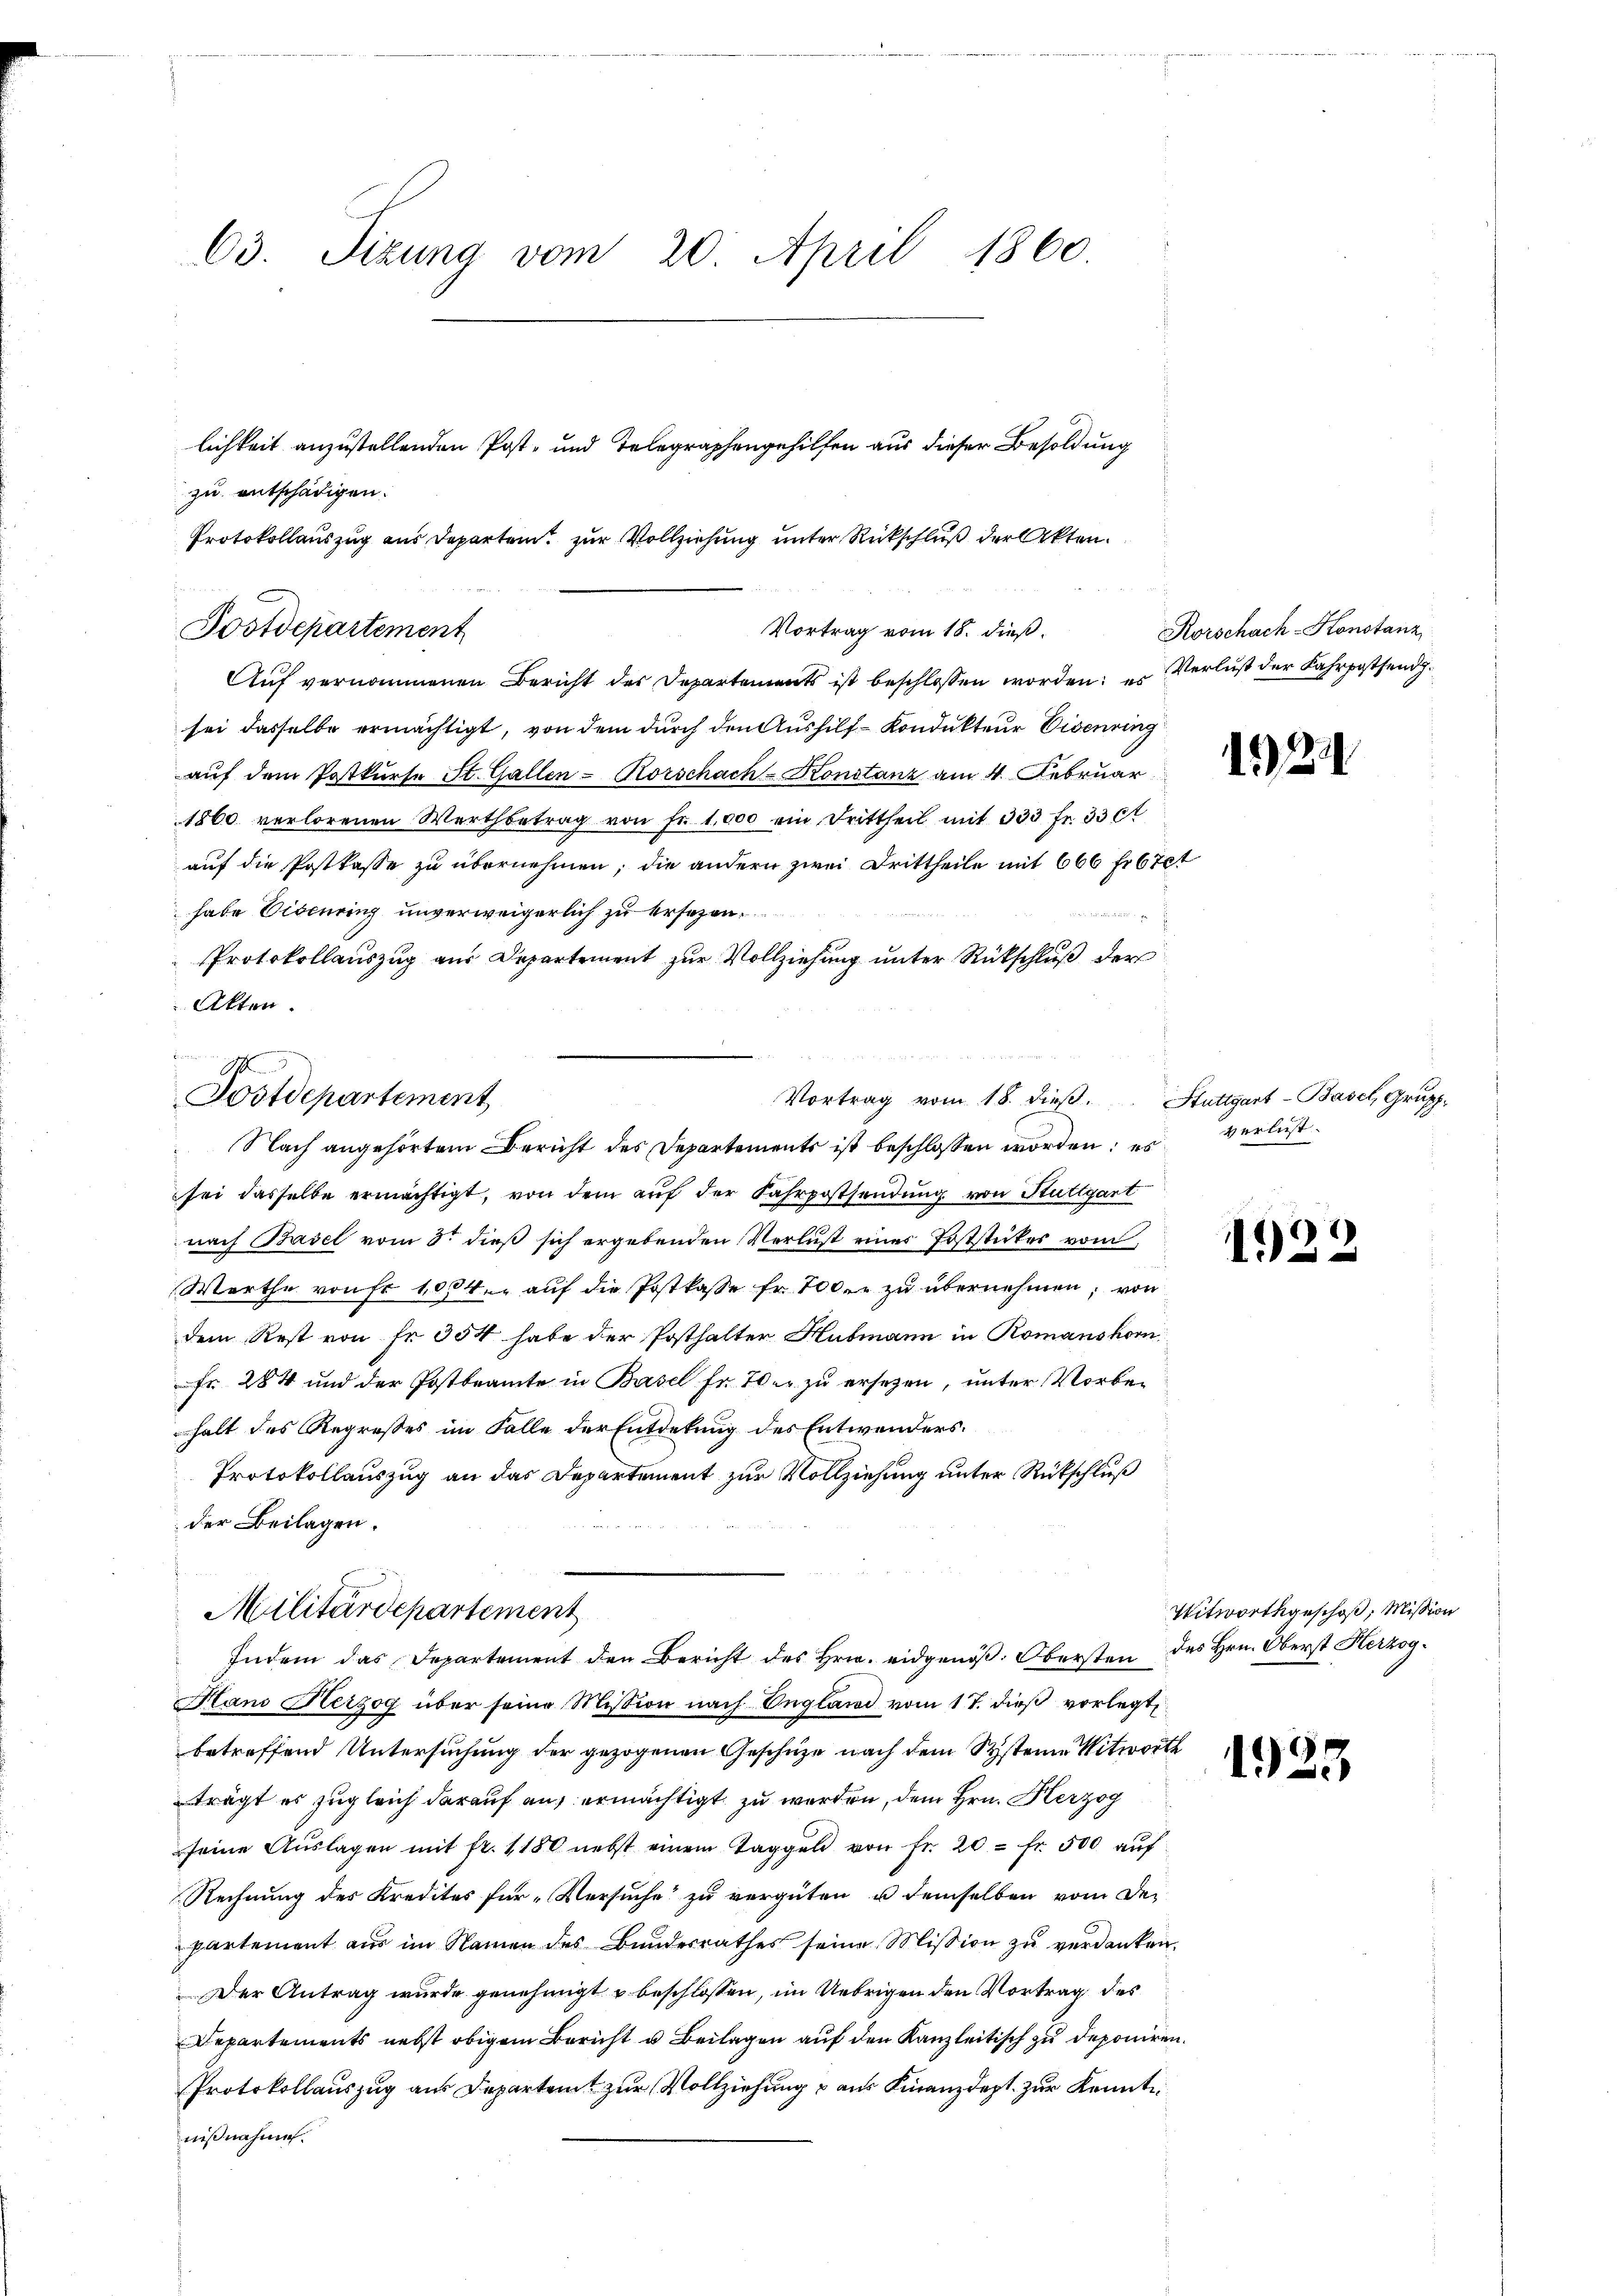
63. Tizung vom 20. April 1860.
lichkeit anzustellenden Post- und Telegraphengehilfen aus dieser Besoldung
zu entschädigen.

Protokollauszug aus Departen zur Vollziehung unter Rückschluß der Akten.
Fr.
Vortrag vom 18. dieß.
Postdepartement

Auf vernommenen Bericht der Departements ist beschlossen worden; es Verlust der Fahrpostend
sei dasselbe ermächtigt, von dem durch den Aushilf-Kondukteur Eisenring
auf dem Postkurse St. Gallen - Rorschach-Konstanz am 4. Februar
1860 verlorenen Wertbetrag von fr. 1,000 ein Drittheil mit 333 fr. 33 et
auf die Postkasse zu übernehmen; die andern zwei Drittheile mit 666 frbiet
habe Eisenring unverweigerlich zu ersezen.
e
Protokollauszug aus Departement zur Vollziehung unter Rückschluß der
sei dasselbe ermächtigt, von dem auf der Fahrpostsendung von Stuttgart
nach Basel vom 3. dieß sich ergebenden Verlust einer Poststickes vom
Werthe von Fr. 1004. auf die Postkasse fr. 700 zu übernehmen; von
dem Rest von Fr. 354 habe der Posthalter Hubmann in Romanshorn
Fr. 284 und der Postbeamte in Basel Fr. 70 zu ersezen, unter Vorbehalt des Regresses im Falle der Entdekung des Entwenders.
Protokollauszug an das Departement zur Vollziehung unter Rückschluß
der Beilagen.
2
Militärdepartement
Indem das Departement den Bericht des Hrn. eidgenöß. Obersten des Hrn. Oberst Herzog¬
Hans Herzog über seine Mission nach England vom 17. dieß vorlegt,
betreffend Untersuchung der gezogenen Geschütze nach dem Systeine Witworth
trägt es zugleich darauf aus ermächtigt zu werden, dem Hrn. Herzog
seine Aŭslagen mit fr. 1180 nebst einem Taggeld von fr. 20 - fr. 500 aŭf
Rechnung des Kredites für Versuche zu vergüten u demselben vom Departement aus im Namen des Bundesrathes seine Mission zu verdanken.
Der Antrag wurde genehmigt u beschlossen, im Uebrigen den Vortrag des
Departements nebst obigem Bericht u. Beilagen auf den Kanzleitisch zu deponiren.
Protokollauszug aus Departent zur Vollziehung & aus Finanzdept. zur Kenntn
nißnahmen.

Akten.

Fostdepartement
Vortrag vom 18. dieß.
Nach angehörtem Bericht des Departements ist beschlossen worden; es

Korschach-Konstanz

Stuttgart - Basel, Grupp
verlust.

1922

Titwortgeschoß, Mission

1923